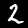
Label: 2